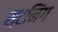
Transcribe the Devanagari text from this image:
स्टनिंग